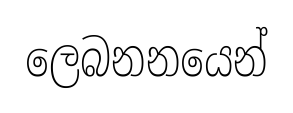
ලෙබනනයෙන්